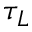
\tau _ { L }